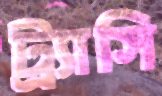
ট্র্যাসি